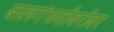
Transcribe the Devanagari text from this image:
बालगंधर्वांबरोबर